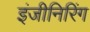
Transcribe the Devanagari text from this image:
इंजीनिरिंग